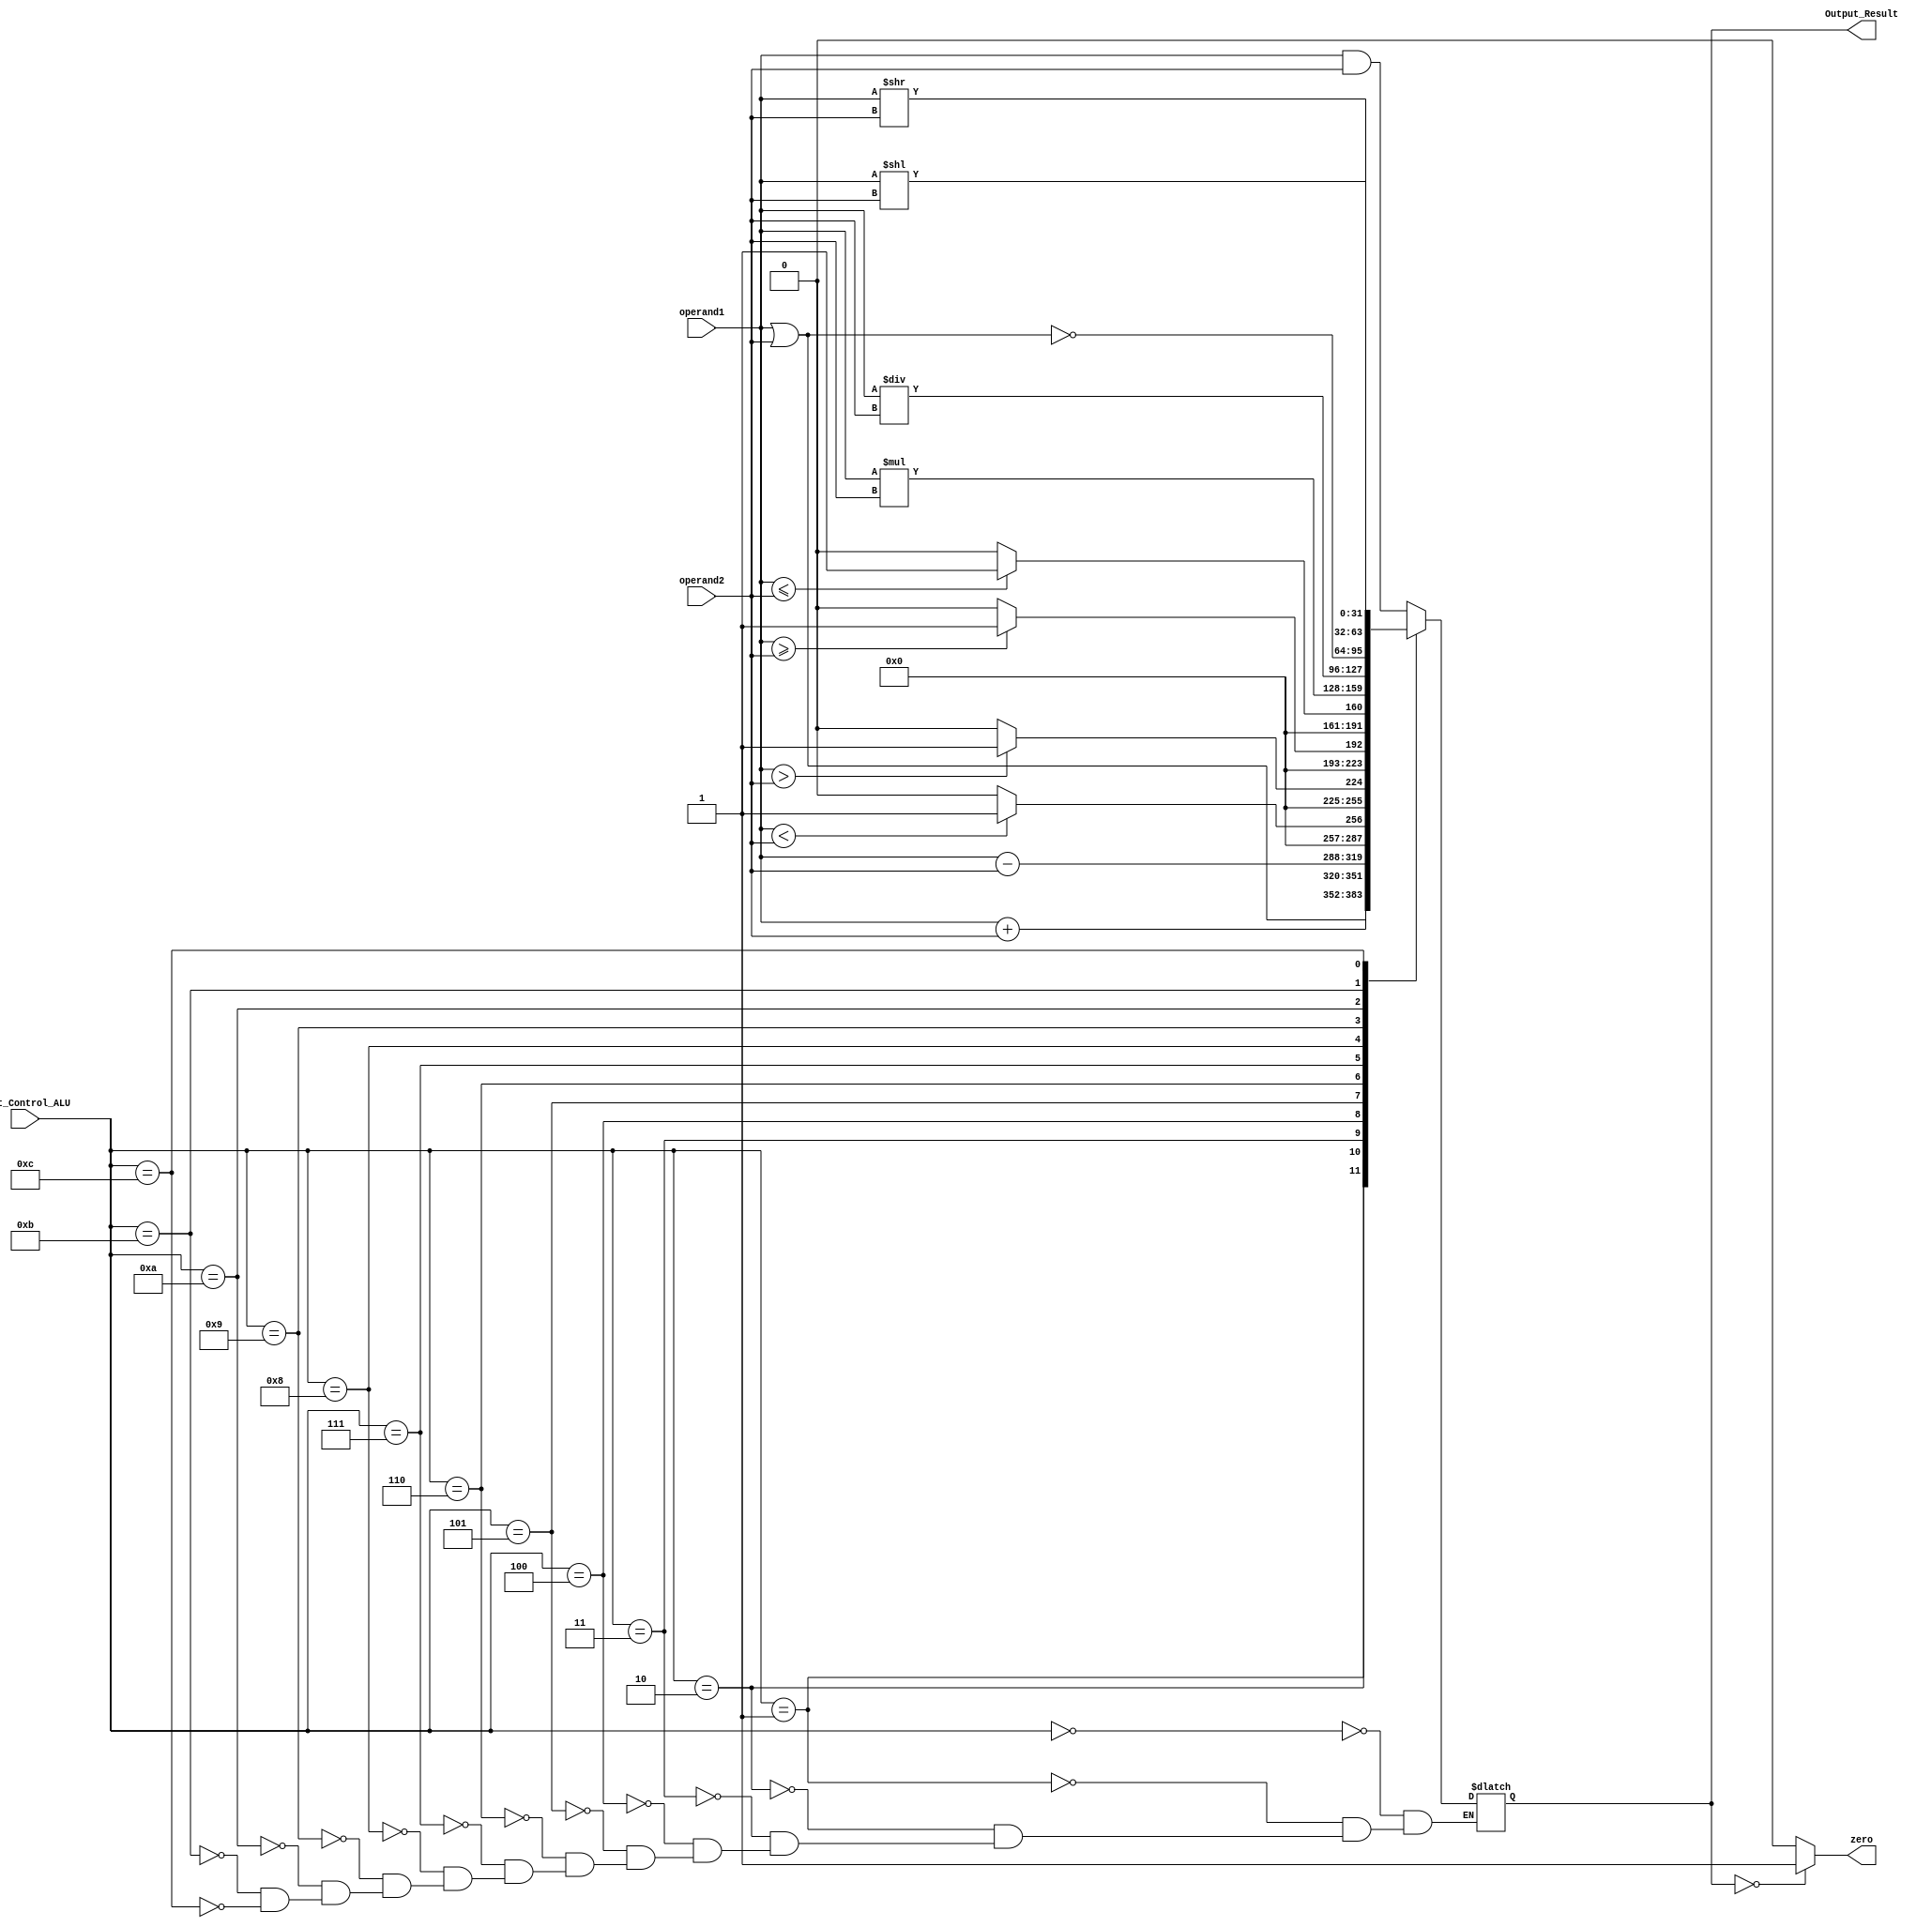
module ULA (

input[31:0] operand1, operand2,
input wire [3:0] Unit_Control_ALU,

output wire [31:0] Output_Result,
output wire zero
);


reg [31:0] result;
reg Reg_Zero;


initial begin
	result <= 32'd0;
end


always @(operand1 or operand2 or Unit_Control_ALU) begin

		case (Unit_Control_ALU)
			4'b0000: result = operand1 & operand2; // AND
			4'b0001: result = operand1 | operand2; // OR
			4'b0010: result = operand1 + operand2; // ADD
			4'b0011: result = operand1 - operand2; // SUB
			4'b0100: begin
			
							if (operand1 < operand2) begin // SLT
								result = 32'd1;
							end
							else begin
								result = 32'd0;
							end
						end
			4'b0101: begin
			
							if (operand1 > operand2) begin // SGT
								result = 32'd1;
							end
							else begin
								result = 32'd0;
							end
						end
			4'b0110: begin
			
							if (operand1 >= operand2) begin // SGET
								result = 32'd1;
							end
							else begin
								result = 32'd0;
							end
						end
			4'b0111: begin
			
							if (operand1 <= operand2) begin // SLET
								result = 32'd1;
							end
							else begin
								result = 32'd0;
							end
						end
			4'b1000: result = operand1 * operand2; // MULT
			4'b1001: result = operand1 / operand2; // DIV
			4'b1010: result = ~(operand1 | operand2); // NOR
			4'b1011: result = operand1 >> operand2; //SLL
			4'b1100: result = operand1 << operand2; // SRL
			
		endcase 	
			
		if (Output_Result == 32'd0) begin
			Reg_Zero = 1'b1;
		end
		else begin
			Reg_Zero = 1'b0;
		end
	
	end

	assign Output_Result = result;
	assign zero = Reg_Zero;

endmodule